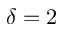
\delta = 2